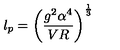
l _ { p } = \left( \frac { g ^ { 2 } \alpha ^ { 4 } } { V R } \right) ^ { \frac { 1 } { 3 } }